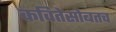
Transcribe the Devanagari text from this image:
कवितेसोबतच